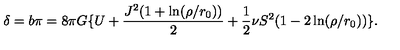
\delta = b \pi = 8 \pi G \{ U + \frac { J ^ { 2 } ( 1 + \ln ( \rho / r _ { 0 } ) ) } { 2 } + \frac { 1 } { 2 } \nu S ^ { 2 } ( 1 - 2 \ln ( \rho / r _ { 0 } ) ) \} .